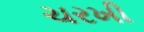
ચરખી